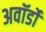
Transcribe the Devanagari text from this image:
अवॉर्डों